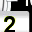
Digit: 2